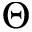
\Theta